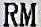
RM